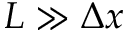
L \gg \Delta x